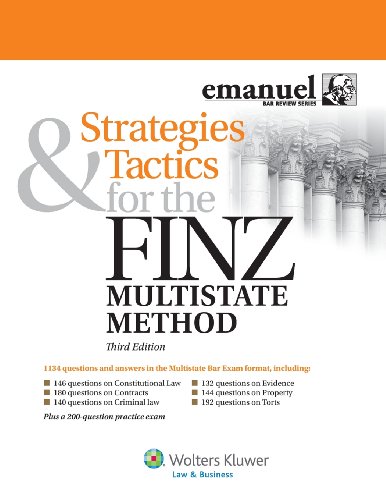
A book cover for Strategies & Tactics for the Finz Multistate Method, Third Edition (Emanuel Bar Review); Steven Finz; Test Preparation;